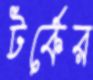
টর্কের